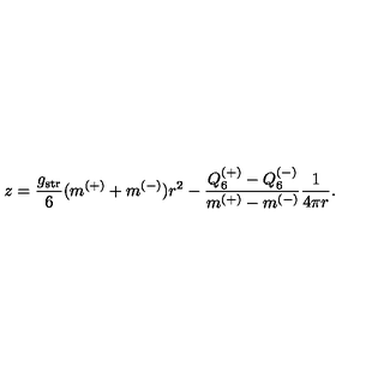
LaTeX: z = \frac { g _ { \mathrm { s t r } } } { 6 } ( m ^ { ( + ) } + m ^ { ( - ) } ) r ^ { 2 } - \frac { Q _ { 6 } ^ { ( + ) } - Q _ { 6 } ^ { ( - ) } } { m ^ { ( + ) } - m ^ { ( - ) } } \frac { 1 } { 4 \pi r } .